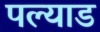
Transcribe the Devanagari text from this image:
पल्याड